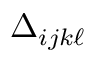
\Delta _ { i j k \ell }